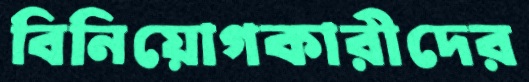
বিনিয়োগকারীদের